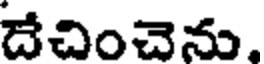
దేచించెను,